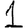
Digit: 1